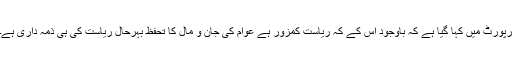
رپورٹ میں کہا گیا ہے کہ باوجود اس کے کہ ریاست کمزور ہے عوام کی جان و مال کا تحفظ بہرحال ریاست کی ہی ذمہ داری ہے۔